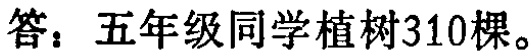
答：五年级同学植树310棵。